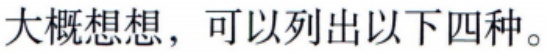
大概想想，可以列出以下四种。